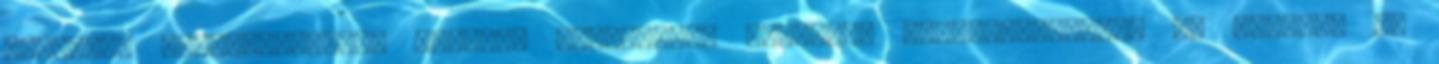
nyolcfős személyzettel, rendőri kísérettel indulhat Magyarországra. Az ASFINAG öt